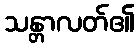
သန္တာလတ်၏